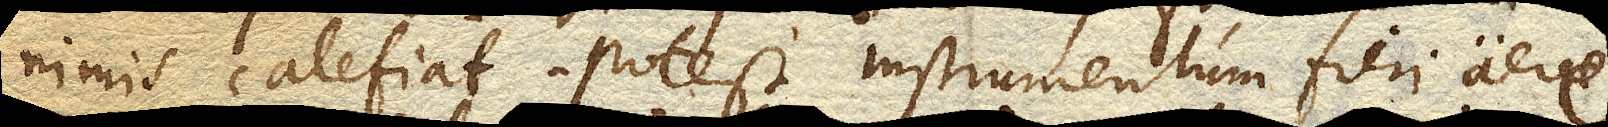
nimis calefiat. Potest Instrumentum fieri aere